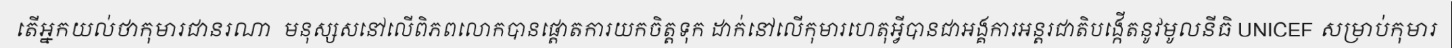
តើអ្នកយល់ថាកុមារជានរណា  មនុស្សសនៅលើពិភពលោកបានផ្តោតការយកចិត្តទុក ដាក់នៅលើកុមារហេតុអ្វីបានជាអង្គការអន្តរជាតិបង្កើតនូវមូលនីធិ UNICEF សម្រាប់កុមារ